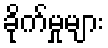
ခိုက်မှုများ